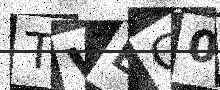
Text: TVEC0G